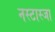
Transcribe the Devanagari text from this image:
नस्टास्जा